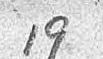
19